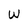
Character: W